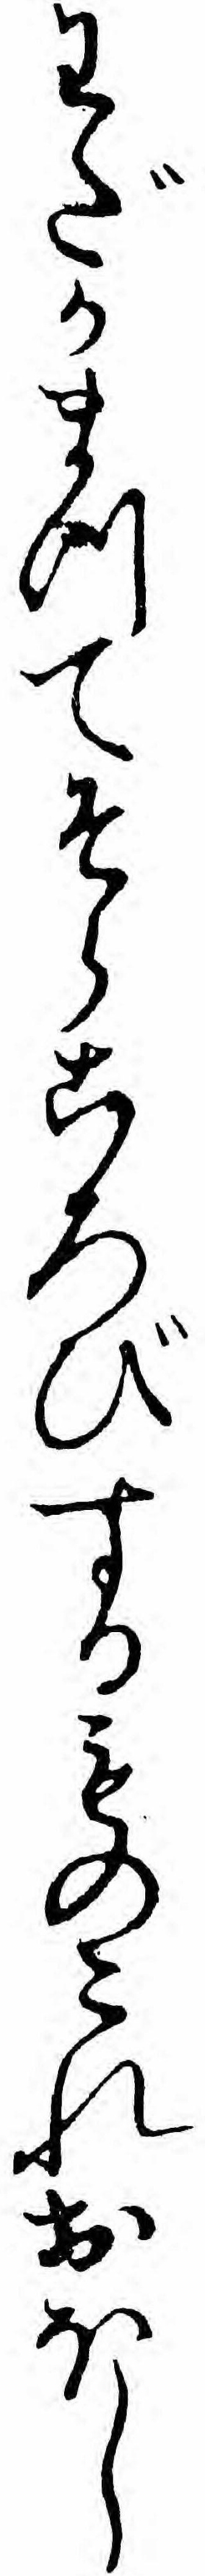
わだかまつてそらころびするものこれおほし